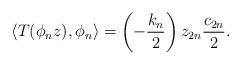
LaTeX: \begin{align*} \langle T ( \phi_{n} z ) , \phi_{n} \rangle = \left( - \frac{k_{n}}{2} \right) z_{2n} \frac{c_{2n}}{2} . \end{align*}